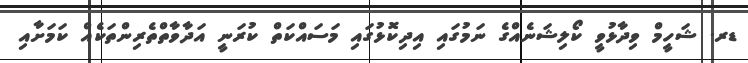
ޑރ. ޝަހީމް ވިދާޅުވީ ކޯލިޝަނެއްގެ ނަމުގައި އިދިކޮޅުގައި މަސައްކަތް ކުރަނީ އަދާވާތްތެރިންތަކެއް ކަމަށާއި